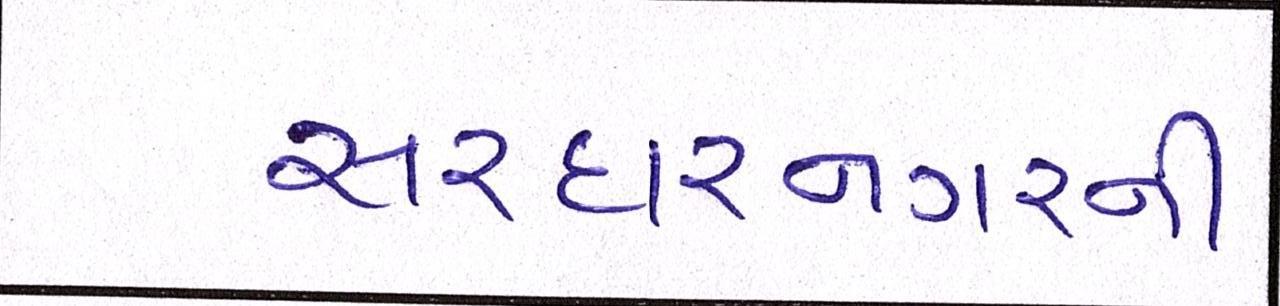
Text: સરદારનગરની